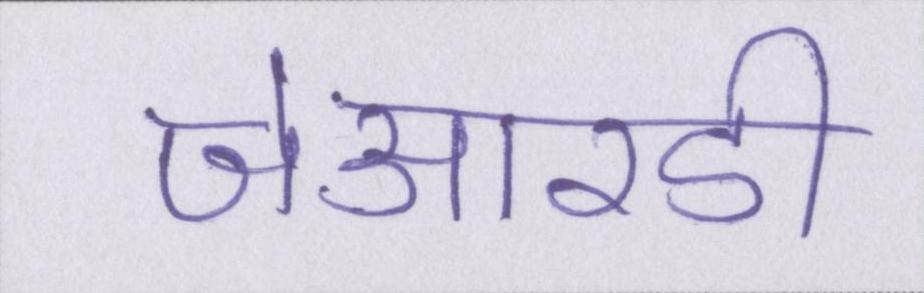
जेआरडी